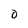
Character: 0